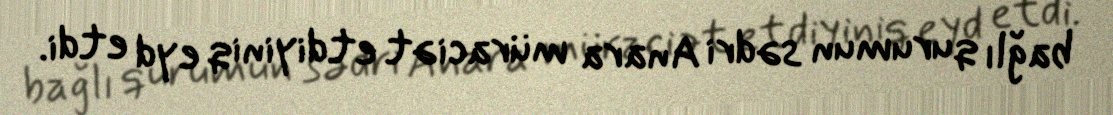
bağlı qurumun sədri Anara müraciət etdiyiniq eyd etdi.